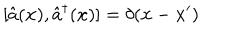
[ \hat { a } ( { \bf x } ) , \hat { a } ^ { \dagger } ( { \bf x } ) ] = \delta ( { \bf x } - { \bf x } ^ { \prime } )